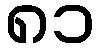
၈၁